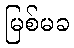
မြစ်မခ